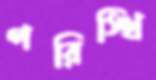
পরিস্থি